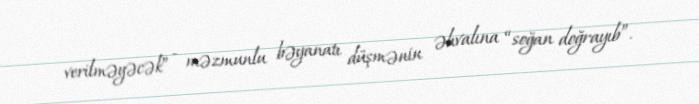
verilməyəcək” - məzmunlu bəyanatı düşmənin əhvalına “soğan doğrayıb”.